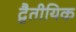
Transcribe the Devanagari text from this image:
द्वैतीयिक